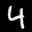
Label: 4